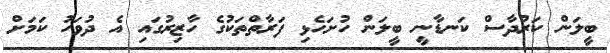
ބީލަން ކަރުދާސް ކަނޑާނީ ބީލަން ހުށަހެޅި ފަރާތްތަކުގެ ހާޒިރުގައި އެ ދުވަހު ކަމަށް